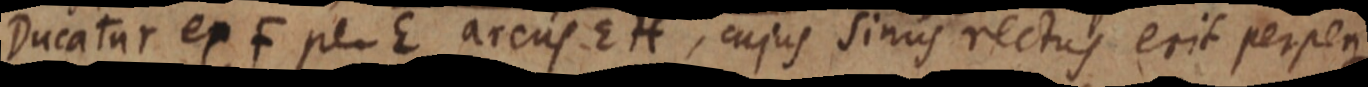
Ducatur ex F per E arcus EH, cujus sinus rectus erit perpen